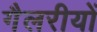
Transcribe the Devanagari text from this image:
गैलरीयों